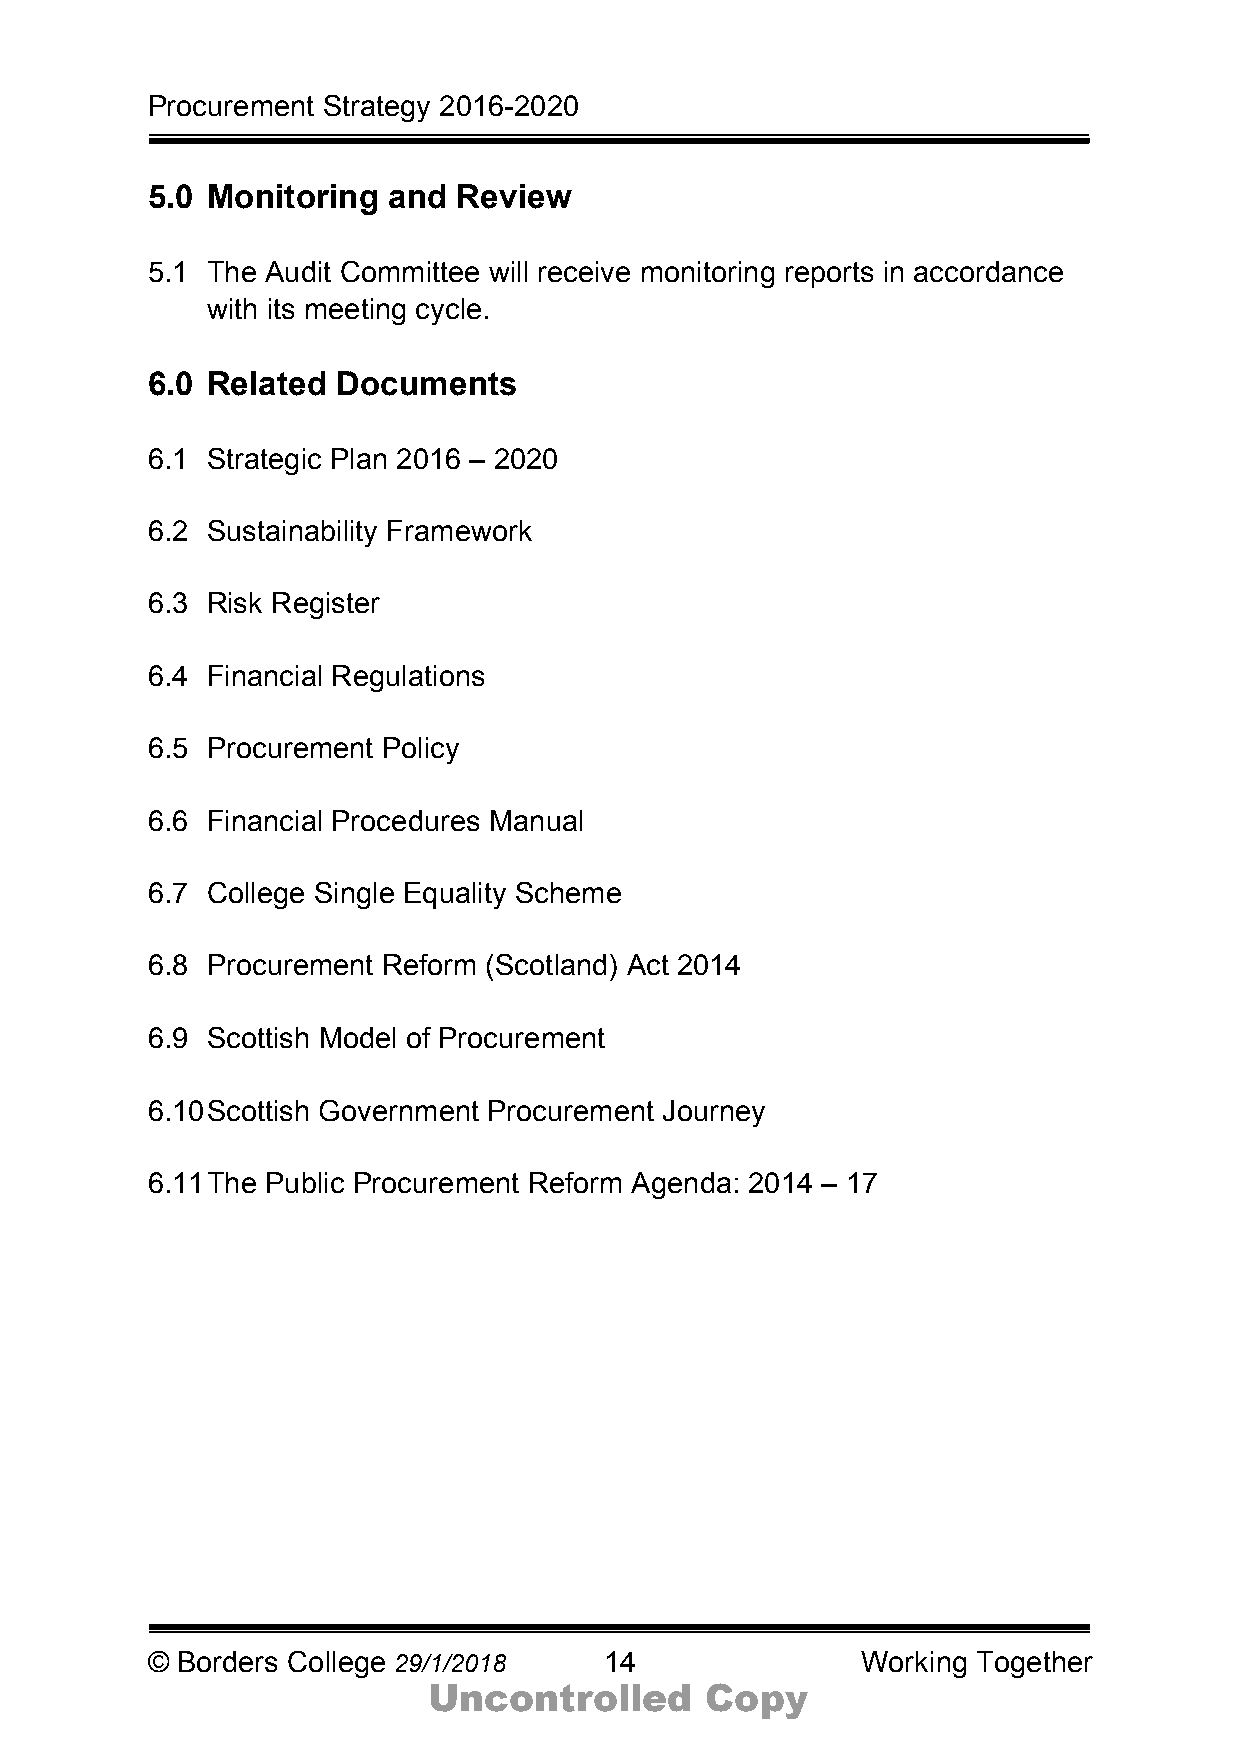
Procurement Strategy 2016-2020
 5.0 Monitoring  and Review
 5.1 The Audit Committee will receive monitoring reports in accordance
 with its meeting cycle.
 6.0 Related Documents
 6.1 Strategic Plan 2016 – 2020
 6.2 Sustainability Framework
 6.3 Risk Register
 6.4 Financial Regulations
 6.5 Procurement Policy
 6.6 Financial Procedures Manual
 6.7 College Single Equality Scheme
 6.8 Procurement Reform (Scotland) Act 2014
 6.9 Scottish Model of Procurement
 6.10 Scottish Government Procurement Journey
 6.11 The Public Procurement Reform Agenda: 2014 – 17
 © Borders College 29/1/2018   14               Working Together
 Uncontrolled       Copy